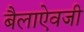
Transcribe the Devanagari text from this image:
बैलाऐवजी